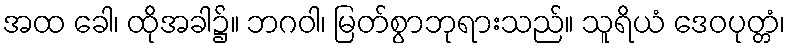
အထ ခေါ၊ ထိုအခါ၌။ ဘဂဝါ၊ မြတ်စွာဘုရားသည်။ သူရိယံ ဒေဝပုတ္တံ၊